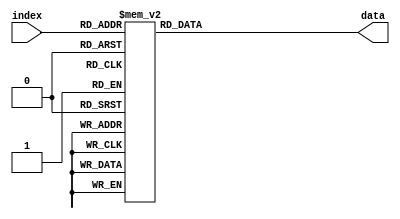
module DS4(index, data);

	/*
		I/O
	*/
	input [5:0] index;
	output reg [109:0] data; 
	
	/*
		Data
	*/
	always @(*)
	begin
		case(index)
			6'b000000:
			begin
				data[6:0] = 7'd77;
				data[7] = 1'd0;
				data[15:8] = 8'd255;
				data[23:16] = 8'd255;
				data[31:24] = 8'd100;
				data[47:32] = 16'd3000;
				data[55:48] = 8'd239;
				data[63:56] = 8'd17;
				data[79:64] = 16'd0;
				data[85:80] = 6'd1;
				data[109:86] = 24'd4272433;		
			end
			6'b000001:
			begin
				data[6:0] = 7'd77;
				data[7] = 1'd1;
				data[15:8] = 8'd255;
				data[23:16] = 8'd255;
				data[31:24] = 8'd100;
				data[47:32] = 16'd3500;
				data[55:48] = 8'd239;
				data[63:56] = 8'd17;
				data[79:64] = 16'd0;
				data[85:80] = 6'd1;
				data[109:86] = 24'd4272433;
			end 
			6'b000010:
			begin
				data[6:0] = 7'd77;
				data[7] = 1'd0;
				data[15:8] = 8'd255;
				data[23:16] = 8'd255;
				data[31:24] = 8'd100;
				data[47:32] = 16'd4000;
				data[55:48] = 8'd239;
				data[63:56] = 8'd17;
				data[79:64] = 16'd0;
				data[85:80] = 6'd1;
				data[109:86] = 24'd4272433;
			end 
			6'b000011:
			begin
				data[6:0] = 7'd77;
				data[7] = 1'd1;
				data[15:8] = 8'd255;
				data[23:16] = 8'd255;
				data[31:24] = 8'd100;
				data[47:32] = 16'd4500;
				data[55:48] = 8'd239;
				data[63:56] = 8'd17;
				data[79:64] = 16'd0;
				data[85:80] = 6'd1;
				data[109:86] = 24'd4272433;
			end 
			6'b000100:
			begin
				data[6:0] = 7'd77;
				data[7] = 1'd1;
				data[15:8] = 8'd255;
				data[23:16] = 8'd255;
				data[31:24] = 8'd100;
				data[47:32] = 16'd5000;
				data[55:48] = 8'd239;
				data[63:56] = 8'd17;
				data[79:64] = 16'd0;
				data[85:80] = 6'd1;
				data[109:86] = 24'd4272433;
			end 
			6'b000101:
			begin
				data[6:0] = 7'd77;
				data[7] = 1'd1;
				data[15:8] = 8'd255;
				data[23:16] = 8'd255;
				data[31:24] = 8'd100;
				data[47:32] = 16'd5500;
				data[55:48] = 8'd239;
				data[63:56] = 8'd17;
				data[79:64] = 16'd0;
				data[85:80] = 6'd1;
				data[109:86] = 24'd4272433;
			end 
			6'b000110:
			begin
				data[6:0] = 7'd77;
				data[7] = 1'd0;
				data[15:8] = 8'd255;
				data[23:16] = 8'd255;
				data[31:24] = 8'd100;
				data[47:32] = 16'd6000;
				data[55:48] = 8'd239;
				data[63:56] = 8'd17;
				data[79:64] = 16'd0;
				data[85:80] = 6'd1;
				data[109:86] = 24'd4272433;
			end 
			6'b000111:
			begin
				data[6:0] = 7'd77;
				data[7] = 1'd0;
				data[15:8] = 8'd255;
				data[23:16] = 8'd255;
				data[31:24] = 8'd100;
				data[47:32] = 16'd6500;
				data[55:48] = 8'd239;
				data[63:56] = 8'd17;
				data[79:64] = 16'd0;
				data[85:80] = 6'd1;
				data[109:86] = 24'd4272433;
			end 
			6'b001000:
			begin
				data[6:0] = 7'd77;
				data[7] = 1'd0;
				data[15:8] = 8'd255;
				data[23:16] = 8'd255;
				data[31:24] = 8'd100;
				data[47:32] = 16'd7000;
				data[55:48] = 8'd239;
				data[63:56] = 8'd17;
				data[79:64] = 16'd0;
				data[85:80] = 6'd1;
				data[109:86] = 24'd4272433;
			end
			6'b001001:
			begin
				data[6:0] = 7'd77;
				data[7] = 1'd0;
				data[15:8] = 8'd255;
				data[23:16] = 8'd255;
				data[31:24] = 8'd100;
				data[47:32] = 16'd7500;
				data[55:48] = 8'd239;
				data[63:56] = 8'd17;
				data[79:64] = 16'd0;
				data[85:80] = 6'd1;
				data[109:86] = 24'd4272433;
			end
			6'b001010:
			begin
				data[6:0] = 7'd77;
				data[7] = 1'd0;
				data[15:8] = 8'd255;
				data[23:16] = 8'd255;
				data[31:24] = 8'd100;
				data[47:32] = 16'd8000;
				data[55:48] = 8'd239;
				data[63:56] = 8'd17;
				data[79:64] = 16'd0;
				data[85:80] = 6'd1;
				data[109:86] = 24'd4272433;
			end
			6'b001011:
			begin
				data[6:0] = 7'd77;
				data[7] = 1'd0;
				data[15:8] = 8'd255;
				data[23:16] = 8'd255;
				data[31:24] = 8'd100;
				data[47:32] = 16'd8500;
				data[55:48] = 8'd239;
				data[63:56] = 8'd17;
				data[79:64] = 16'd0;
				data[85:80] = 6'd1;
				data[109:86] = 24'd4272433;
			end
			6'b001100:
			begin
				data[6:0] = 7'd77;
				data[7] = 1'd0;
				data[15:8] = 8'd255;
				data[23:16] = 8'd255;
				data[31:24] = 8'd100;
				data[47:32] = 16'd9000;
				data[55:48] = 8'd239;
				data[63:56] = 8'd17;
				data[79:64] = 16'd0;
				data[85:80] = 6'd1;
				data[109:86] = 24'd4272433;
			end
			6'b001101:
			begin
				data[6:0] = 7'd77;
				data[7] = 1'd0;
				data[15:8] = 8'd255;
				data[23:16] = 8'd255;
				data[31:24] = 8'd100;
				data[47:32] = 16'd9500;
				data[55:48] = 8'd239;
				data[63:56] = 8'd17;
				data[79:64] = 16'd0;
				data[85:80] = 6'd1;
				data[109:86] = 24'd4272433;
			end
			6'b001110:
			begin
				data[6:0] = 7'd77;
				data[7] = 1'd0;
				data[15:8] = 8'd255;
				data[23:16] = 8'd255;
				data[31:24] = 8'd100;
				data[47:32] = 16'd10000;
				data[55:48] = 8'd239;
				data[63:56] = 8'd17;
				data[79:64] = 16'd0;
				data[85:80] = 6'd1;
				data[109:86] = 24'd4272433;
			end
			6'b001111:
			begin
				data[6:0] = 7'd77;
				data[7] = 1'd1;
				data[15:8] = 8'd255;
				data[23:16] = 8'd255;
				data[31:24] = 8'd100;
				data[47:32] = 16'd10500;
				data[55:48] = 8'd239;
				data[63:56] = 8'd17;
				data[79:64] = 16'd0;
				data[85:80] = 6'd1;
				data[109:86] = 24'd4272433;
			end
			6'b010000:
			begin
				data[6:0] = 7'd77;
				data[7] = 1'd1;
				data[15:8] = 8'd255;
				data[23:16] = 8'd255;
				data[31:24] = 8'd100;
				data[47:32] = 16'd11000;
				data[55:48] = 8'd239;
				data[63:56] = 8'd17;
				data[79:64] = 16'd0;
				data[85:80] = 6'd1;
				data[109:86] = 24'd4272433;
			end
			6'b010001:
			begin
				data[6:0] = 7'd77;
				data[7] = 1'd1;
				data[15:8] = 8'd255;
				data[23:16] = 8'd255;
				data[31:24] = 8'd100;
				data[47:32] = 16'd11500;
				data[55:48] = 8'd239;
				data[63:56] = 8'd17;
				data[79:64] = 16'd0;
				data[85:80] = 6'd1;
				data[109:86] = 24'd4272433;
			end
			6'b010010:
			begin
				data[6:0] = 7'd77;
				data[7] = 1'd0;
				data[15:8] = 8'd255;
				data[23:16] = 8'd255;
				data[31:24] = 8'd100;
				data[47:32] = 16'd12000;
				data[55:48] = 8'd239;
				data[63:56] = 8'd17;
				data[79:64] = 16'd0;
				data[85:80] = 6'd1;
				data[109:86] = 24'd4272433;
			end
			6'b010011:
			begin
				data[6:0] = 7'd77;
				data[7] = 1'd1;
				data[15:8] = 8'd255;
				data[23:16] = 8'd255;
				data[31:24] = 8'd100;
				data[47:32] = 16'd12500;
				data[55:48] = 8'd239;
				data[63:56] = 8'd17;
				data[79:64] = 16'd0;
				data[85:80] = 6'd1;
				data[109:86] = 24'd4272433;
			end
			6'b010100:
			begin
				data[6:0] = 7'd77;
				data[7] = 1'd0;
				data[15:8] = 8'd255;
				data[23:16] = 8'd255;
				data[31:24] = 8'd100;
				data[47:32] = 16'd13000;
				data[55:48] = 8'd239;
				data[63:56] = 8'd17;
				data[79:64] = 16'd0;
				data[85:80] = 6'd1;
				data[109:86] = 24'd4272433;
			end
			6'b0010101:
			begin
				data[6:0] = 7'd77;
				data[7] = 1'd1;
				data[15:8] = 8'd255;
				data[23:16] = 8'd255;
				data[31:24] = 8'd100;
				data[47:32] = 16'd13500;
				data[55:48] = 8'd239;
				data[63:56] = 8'd17;
				data[79:64] = 16'd0;
				data[85:80] = 6'd1;
				data[109:86] = 24'd4272433;
			end
			6'b0010110:
			begin
				data[6:0] = 7'd77;
				data[7] = 1'd1;
				data[15:8] = 8'd255;
				data[23:16] = 8'd255;
				data[31:24] = 8'd100;
				data[47:32] = 16'd14000;
				data[55:48] = 8'd239;
				data[63:56] = 8'd17;
				data[79:64] = 16'd0;
				data[85:80] = 6'd1;
				data[109:86] = 24'd4272433;
			end
			6'b010111:
			begin
				data[6:0] = 7'd77;
				data[7] = 1'd0;
				data[15:8] = 8'd255;
				data[23:16] = 8'd255;
				data[31:24] = 8'd100;
				data[47:32] = 16'd14500;
				data[55:48] = 8'd239;
				data[63:56] = 8'd17;
				data[79:64] = 16'd0;
				data[85:80] = 6'd1;
				data[109:86] = 24'd4272433;
			end
			6'b011000:
			begin
				data[6:0] = 7'd77;
				data[7] = 1'd1;
				data[15:8] = 8'd255;
				data[23:16] = 8'd255;
				data[31:24] = 8'd100;
				data[47:32] = 16'd15000;
				data[55:48] = 8'd239;
				data[63:56] = 8'd17;
				data[79:64] = 16'd0;
				data[85:80] = 6'd1;
				data[109:86] = 24'd4272433;
			end
			6'b011001:
			begin
				data[6:0] = 7'd77;
				data[7] = 1'd0;
				data[15:8] = 8'd255;
				data[23:16] = 8'd255;
				data[31:24] = 8'd100;
				data[47:32] = 16'd15500;
				data[55:48] = 8'd239;
				data[63:56] = 8'd17;
				data[79:64] = 16'd0;
				data[85:80] = 6'd1;
				data[109:86] = 24'd4272433;
			end
			6'b011010:
			begin
				data[6:0] = 7'd77;
				data[7] = 1'd0;
				data[15:8] = 8'd255;
				data[23:16] = 8'd255;
				data[31:24] = 8'd100;
				data[47:32] = 16'd16000;
				data[55:48] = 8'd239;
				data[63:56] = 8'd17;
				data[79:64] = 16'd0;
				data[85:80] = 6'd1;
				data[109:86] = 24'd4272433;
			end
			6'b011011:
			begin
				data[6:0] = 7'd77;
				data[7] = 1'd0;
				data[15:8] = 8'd255;
				data[23:16] = 8'd255;
				data[31:24] = 8'd100;
				data[47:32] = 16'd16500;
				data[55:48] = 8'd239;
				data[63:56] = 8'd17;
				data[79:64] = 16'd0;
				data[85:80] = 6'd1;
				data[109:86] = 24'd4272433;
			end
			6'b011100:
			begin
				data[6:0] = 7'd77;
				data[7] = 1'd1;
				data[15:8] = 8'd255;
				data[23:16] = 8'd255;
				data[31:24] = 8'd100;
				data[47:32] = 16'd17000;
				data[55:48] = 8'd239;
				data[63:56] = 8'd17;
				data[79:64] = 16'd0;
				data[85:80] = 6'd1;
				data[109:86] = 24'd4272433;
			end
			6'b011101:
			begin
				data[6:0] = 7'd77;
				data[7] = 1'd1;
				data[15:8] = 8'd255;
				data[23:16] = 8'd255;
				data[31:24] = 8'd100;
				data[47:32] = 16'd17500;
				data[55:48] = 8'd239;
				data[63:56] = 8'd17;
				data[79:64] = 16'd0;
				data[85:80] = 6'd1;
				data[109:86] = 24'd4272433;
			end
			6'b011110:
			begin
				data[6:0] = 7'd77;
				data[7] = 1'd1;
				data[15:8] = 8'd255;
				data[23:16] = 8'd255;
				data[31:24] = 8'd100;
				data[47:32] = 16'd18000;
				data[55:48] = 8'd239;
				data[63:56] = 8'd17;
				data[79:64] = 16'd0;
				data[85:80] = 6'd1;
				data[109:86] = 24'd4272433;
			end
			6'b011111:
			begin
				data[6:0] = 7'd77;
				data[7] = 1'd1;
				data[15:8] = 8'd255;
				data[23:16] = 8'd255;
				data[31:24] = 8'd100;
				data[47:32] = 16'd18500;
				data[55:48] = 8'd239;
				data[63:56] = 8'd17;
				data[79:64] = 16'd0;
				data[85:80] = 6'd1;
				data[109:86] = 24'd4272433;
			end
			6'b100000:
			begin
				data[6:0] = 7'd77;
				data[7] = 1'd0;
				data[15:8] = 8'd255;
				data[23:16] = 8'd255;
				data[31:24] = 8'd100;
				data[47:32] = 16'd19000;
				data[55:48] = 8'd239;
				data[63:56] = 8'd17;
				data[79:64] = 16'd0;
				data[85:80] = 6'd1;
				data[109:86] = 24'd4272433;
			end
			6'b100001:
			begin
				data[6:0] = 7'd77;
				data[7] = 1'd0;
				data[15:8] = 8'd255;
				data[23:16] = 8'd255;
				data[31:24] = 8'd100;
				data[47:32] = 16'd20000;
				data[55:48] = 8'd239;
				data[63:56] = 8'd17;
				data[79:64] = 16'd0;
				data[85:80] = 6'd1;
				data[109:86] = 24'd4272433;
			end
			6'b100010:
			begin
				data[6:0] = 7'd77;
				data[7] = 1'd1;
				data[15:8] = 8'd255;
				data[23:16] = 8'd255;
				data[31:24] = 8'd100;
				data[47:32] = 16'd20500;
				data[55:48] = 8'd239;
				data[63:56] = 8'd17;
				data[79:64] = 16'd0;
				data[85:80] = 6'd1;
				data[109:86] = 24'd4272433;
			end
			6'b100011:
			begin
				data[6:0] = 7'd77;
				data[7] = 1'd0;
				data[15:8] = 8'd255;
				data[23:16] = 8'd255;
				data[31:24] = 8'd100;
				data[47:32] = 16'd21000;
				data[55:48] = 8'd239;
				data[63:56] = 8'd17;
				data[79:64] = 16'd0;
				data[85:80] = 6'd1;
				data[109:86] = 24'd4272433;
			end
			6'b100100:
			begin
				data[6:0] = 7'd77;
				data[7] = 1'd0;
				data[15:8] = 8'd255;
				data[23:16] = 8'd255;
				data[31:24] = 8'd100;
				data[47:32] = 16'd21500;
				data[55:48] = 8'd239;
				data[63:56] = 8'd17;
				data[79:64] = 16'd0;
				data[85:80] = 6'd1;
				data[109:86] = 24'd4272433;
			end
			6'b100101:
			begin
				data[6:0] = 7'd77;
				data[7] = 1'd0;
				data[15:8] = 8'd255;
				data[23:16] = 8'd255;
				data[31:24] = 8'd100;
				data[47:32] = 16'd22000;
				data[55:48] = 8'd239;
				data[63:56] = 8'd17;
				data[79:64] = 16'd0;
				data[85:80] = 6'd1;
				data[109:86] = 24'd4272433;
			end
			6'b100110:
			begin
				data[6:0] = 7'd77;
				data[7] = 1'd0;
				data[15:8] = 8'd255;
				data[23:16] = 8'd255;
				data[31:24] = 8'd100;
				data[47:32] = 16'd22500;
				data[55:48] = 8'd239;
				data[63:56] = 8'd17;
				data[79:64] = 16'd0;
				data[85:80] = 6'd1;
				data[109:86] = 24'd4272433;
			end
			6'b100111:
			begin
				data[6:0] = 7'd77;
				data[7] = 1'd0;
				data[15:8] = 8'd255;
				data[23:16] = 8'd255;
				data[31:24] = 8'd100;
				data[47:32] = 16'd23000;
				data[55:48] = 8'd239;
				data[63:56] = 8'd17;
				data[79:64] = 16'd0;
				data[85:80] = 6'd1;
				data[109:86] = 24'd4272433;
			end
			6'b101000:
			begin
				data[6:0] = 7'd77;
				data[7] = 1'd1;
				data[15:8] = 8'd255;
				data[23:16] = 8'd255;
				data[31:24] = 8'd100;
				data[47:32] = 16'd23500;
				data[55:48] = 8'd239;
				data[63:56] = 8'd17;
				data[79:64] = 16'd0;
				data[85:80] = 6'd1;
				data[109:86] = 24'd4272433;
			end
			6'b101001:
			begin
				data[6:0] = 7'd77;
				data[7] = 1'd0;
				data[15:8] = 8'd255;
				data[23:16] = 8'd255;
				data[31:24] = 8'd100;
				data[47:32] = 16'd21500;
				data[55:48] = 8'd239;
				data[63:56] = 8'd17;
				data[79:64] = 16'd0;
				data[85:80] = 6'd1;
				data[109:86] = 24'd4272433;
			end
			6'b101010:
			begin
				data[6:0] = 7'd77;
				data[7] = 1'd0;
				data[15:8] = 8'd255;
				data[23:16] = 8'd255;
				data[31:24] = 8'd100;
				data[47:32] = 16'd21500;
				data[55:48] = 8'd239;
				data[63:56] = 8'd17;
				data[79:64] = 16'd0;
				data[85:80] = 6'd1;
				data[109:86] = 24'd4272433;
			end
			6'b101011:
			begin
				data[6:0] = 7'd77;
				data[7] = 1'd1;
				data[15:8] = 8'd255;
				data[23:16] = 8'd255;
				data[31:24] = 8'd100;
				data[47:32] = 16'd21500;
				data[55:48] = 8'd239;
				data[63:56] = 8'd17;
				data[79:64] = 16'd0;
				data[85:80] = 6'd1;
				data[109:86] = 24'd4272433;
			end
			6'b101100:
			begin
				data[6:0] = 7'd77;
				data[7] = 1'd1;
				data[15:8] = 8'd255;
				data[23:16] = 8'd255;
				data[31:24] = 8'd100;
				data[47:32] = 16'd25500;
				data[55:48] = 8'd239;
				data[63:56] = 8'd17;
				data[79:64] = 16'd0;
				data[85:80] = 6'd1;
				data[109:86] = 24'd4272433;
			end
			6'b101101:
			begin
				data[6:0] = 7'd77;
				data[7] = 1'd0;
				data[15:8] = 8'd255;
				data[23:16] = 8'd255;
				data[31:24] = 8'd100;
				data[47:32] = 16'd26000;
				data[55:48] = 8'd239;
				data[63:56] = 8'd17;
				data[79:64] = 16'd0;
				data[85:80] = 6'd1;
				data[109:86] = 24'd4272433;
			end
			6'b101110:
			begin
				data[6:0] = 7'd77;
				data[7] = 1'd0;
				data[15:8] = 8'd255;
				data[23:16] = 8'd255;
				data[31:24] = 8'd100;
				data[47:32] = 16'd26500;
				data[55:48] = 8'd239;
				data[63:56] = 8'd17;
				data[79:64] = 16'd0;
				data[85:80] = 6'd1;
				data[109:86] = 24'd4272433;
			end
			6'b101111:
			begin
				data[6:0] = 7'd77;
				data[7] = 1'd0;
				data[15:8] = 8'd255;
				data[23:16] = 8'd255;
				data[31:24] = 8'd100;
				data[47:32] = 16'd27000;
				data[55:48] = 8'd239;
				data[63:56] = 8'd17;
				data[79:64] = 16'd0;
				data[85:80] = 6'd1;
				data[109:86] = 24'd4272433;
			end
			6'b110000:
			begin
				data[6:0] = 7'd77;
				data[7] = 1'd1;
				data[15:8] = 8'd255;
				data[23:16] = 8'd255;
				data[31:24] = 8'd100;
				data[47:32] = 16'd27500;
				data[55:48] = 8'd239;
				data[63:56] = 8'd17;
				data[79:64] = 16'd0;
				data[85:80] = 6'd1;
				data[109:86] = 24'd4272433;
			end
			6'b110001:
			begin
				data[6:0] = 7'd77;
				data[7] = 1'd0;
				data[15:8] = 8'd255;
				data[23:16] = 8'd255;
				data[31:24] = 8'd100;
				data[47:32] = 16'd28000;
				data[55:48] = 8'd239;
				data[63:56] = 8'd17;
				data[79:64] = 16'd0;
				data[85:80] = 6'd1;
				data[109:86] = 24'd4272433;
			end
			6'b110010:
			begin
				data[6:0] = 7'd77;
				data[7] = 1'd0;
				data[15:8] = 8'd255;
				data[23:16] = 8'd255;
				data[31:24] = 8'd100;
				data[47:32] = 16'd28500;
				data[55:48] = 8'd239;
				data[63:56] = 8'd17;
				data[79:64] = 16'd0;
				data[85:80] = 6'd1;
				data[109:86] = 24'd4272433;
			end
			6'b110011:
			begin
				data[6:0] = 7'd77;
				data[7] = 1'd1;
				data[15:8] = 8'd255;
				data[23:16] = 8'd255;
				data[31:24] = 8'd100;
				data[47:32] = 16'd29000;
				data[55:48] = 8'd239;
				data[63:56] = 8'd17;
				data[79:64] = 16'd0;
				data[85:80] = 6'd1;
				data[109:86] = 24'd4272433;
			end
			6'b110100:
			begin
				data[6:0] = 7'd77;
				data[7] = 1'd1;
				data[15:8] = 8'd255;
				data[23:16] = 8'd255;
				data[31:24] = 8'd100;
				data[47:32] = 16'd29500;
				data[55:48] = 8'd239;
				data[63:56] = 8'd17;
				data[79:64] = 16'd0;
				data[85:80] = 6'd1;
				data[109:86] = 24'd4272433;
			end
			6'b110101:
			begin
				data[6:0] = 7'd77;
				data[7] = 1'd0;
				data[15:8] = 8'd255;
				data[23:16] = 8'd255;
				data[31:24] = 8'd100;
				data[47:32] = 16'd30000;
				data[55:48] = 8'd239;
				data[63:56] = 8'd17;
				data[79:64] = 16'd0;
				data[85:80] = 6'd1;
				data[109:86] = 24'd4272433;
			end
			6'b110110:
			begin
				data[6:0] = 7'd77;
				data[7] = 1'd0;
				data[15:8] = 8'd255;
				data[23:16] = 8'd255;
				data[31:24] = 8'd100;
				data[47:32] = 16'd30500;
				data[55:48] = 8'd239;
				data[63:56] = 8'd17;
				data[79:64] = 16'd0;
				data[85:80] = 6'd1;
				data[109:86] = 24'd4272433;
			end
			6'b110111:
			begin
				data[6:0] = 7'd77;
				data[7] = 1'd1;
				data[15:8] = 8'd255;
				data[23:16] = 8'd255;
				data[31:24] = 8'd100;
				data[47:32] = 16'd31000;
				data[55:48] = 8'd239;
				data[63:56] = 8'd17;
				data[79:64] = 16'd0;
				data[85:80] = 6'd1;
				data[109:86] = 24'd4272433;
			end
			6'b111000:
			begin
				data[6:0] = 7'd77;
				data[7] = 1'd1;
				data[15:8] = 8'd255;
				data[23:16] = 8'd255;
				data[31:24] = 8'd100;
				data[47:32] = 16'd31500;
				data[55:48] = 8'd239;
				data[63:56] = 8'd17;
				data[79:64] = 16'd0;
				data[85:80] = 6'd1;
				data[109:86] = 24'd4272433;
			end
			6'b111001:
			begin
				data[6:0] = 7'd77;
				data[7] = 1'd1;
				data[15:8] = 8'd255;
				data[23:16] = 8'd255;
				data[31:24] = 8'd100;
				data[47:32] = 16'd32000;
				data[55:48] = 8'd239;
				data[63:56] = 8'd17;
				data[79:64] = 16'd0;
				data[85:80] = 6'd1;
				data[109:86] = 24'd4272433;
			end
			6'b111010:
			begin
				data[6:0] = 7'd77;
				data[7] = 1'd1;
				data[15:8] = 8'd255;
				data[23:16] = 8'd255;
				data[31:24] = 8'd100;
				data[47:32] = 16'd32500;
				data[55:48] = 8'd239;
				data[63:56] = 8'd17;
				data[79:64] = 16'd0;
				data[85:80] = 6'd1;
				data[109:86] = 24'd4272433;
			end
			6'b111011:
			begin
				data[6:0] = 7'd77;
				data[7] = 1'd0;
				data[15:8] = 8'd255;
				data[23:16] = 8'd255;
				data[31:24] = 8'd100;
				data[47:32] = 16'd33000;
				data[55:48] = 8'd239;
				data[63:56] = 8'd17;
				data[79:64] = 16'd0;
				data[85:80] = 6'd1;
				data[109:86] = 24'd4272433;
			end
			//change all data below
			6'b111100:
			begin
                data[6:0] = 7'd77;
                data[7] = 1'd0;
                data[15:8] = 8'd255;
                data[23:16] = 8'd255;
                data[31:24] = 8'd100;
                data[47:32] = 16'd33500;
                data[55:48] = 8'd239;
                data[63:56] = 8'd17;
                data[79:64] = 16'd0;
                data[85:80] = 6'd1;
                data[109:86] = 24'd4272433;
			end
			6'b111101:
			begin
				data[6:0] = 7'd77;
                data[7] = 1'd0;
                data[15:8] = 8'd255;
                data[23:16] = 8'd255;
                data[31:24] = 8'd100;
                data[47:32] = 16'd34000;
                data[55:48] = 8'd239;
                data[63:56] = 8'd17;
                data[79:64] = 16'd0;
                data[85:80] = 6'd1;
                data[109:86] = 24'd4272433;
			end
			6'b111110:
			begin
				data[6:0] = 7'd77;
                data[7] = 1'd0;
                data[15:8] = 8'd255;
                data[23:16] = 8'd255;
                data[31:24] = 8'd100;
                data[47:32] = 16'd34500;
                data[55:48] = 8'd239;
                data[63:56] = 8'd17;
                data[79:64] = 16'd0;
                data[85:80] = 6'd1;
                data[109:86] = 24'd4272433;
			end
			6'b111111:
			begin
				data[6:0] = 7'd77;
                data[7] = 1'd0;
                data[15:8] = 8'd255;
                data[23:16] = 8'd255;
                data[31:24] = 8'd100;
                data[47:32] = 16'd35000;
                data[55:48] = 8'd239;
                data[63:56] = 8'd17;
                data[79:64] = 16'd0;
                data[85:80] = 6'd1;
                data[109:86] = 24'd4272433;
			end
			default:
				data = 110'd0;
		endcase
	end
endmodule